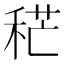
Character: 䅒